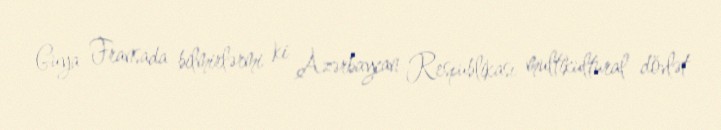
Guya Fransada bilmirlərmi ki Azərbaycan Respublikası multikultural dövlət